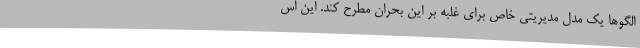
الگوها یک مدل مدیریتی خاص برای غلبه بر این بحران مطرح کند. این اس